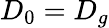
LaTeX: D_{0}=D_{g}